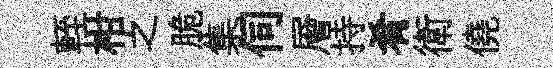
輊柑之脆集伺層持肴衛僥